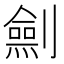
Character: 𠠆